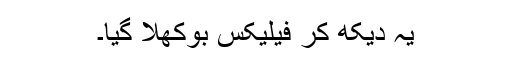
یہ دیکھ کر فیلیکس بوکھلا گیا۔